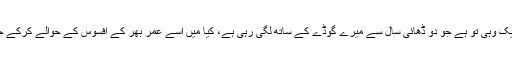
آخر ایک وہی تو ہے جو دو ڈھائی سال سے میرے گوڈے کے ساتھ لگی رہی ہے، کیا میں اسے عمر بھر کے افسوس کے حوالے کرکے جاؤں؟